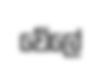
වේලේ